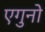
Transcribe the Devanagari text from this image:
एगुनो